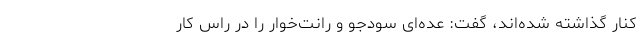
کنار گذاشته‌ شده‌اند، گفت: عده‌ای سودجو و رانت‌خوار را در راس کار